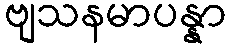
ဗျသနမာပန္နာ